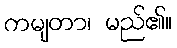
ကမျတာ၊ မည်၏။